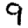
Digit: 9